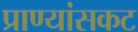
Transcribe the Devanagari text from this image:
प्राण्यांसकट